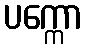
ပက္ကော